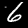
Label: 6